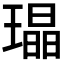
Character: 𤩜